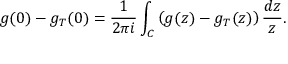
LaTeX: g ( 0 ) - g _ { T } ( 0 ) = { \frac { 1 } { 2 \pi i } } \int _ { C } \left( g ( z ) - g _ { T } ( z ) \right) { \frac { d z } { z } } .